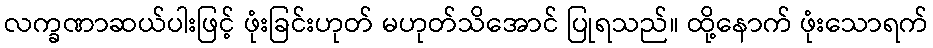
လက္ခဏာဆယ်ပါးဖြင့် ဖုံးခြင်းဟုတ် မဟုတ်သိအောင် ပြုရသည်။ ထို့နောက် ဖုံးသောရက်